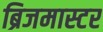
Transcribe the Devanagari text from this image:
ब्रिजमास्टर